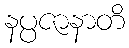
နပ္ပဇာနာတိ